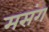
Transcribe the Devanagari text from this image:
मसंग